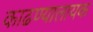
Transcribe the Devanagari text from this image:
काढण्यालायक